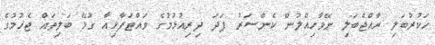
ހަކުރުބަލި ރާއްޖެބަލި ނޭވާހިއްލުން ކެންސަރު ފަދަ ދިރިއުޅުމުގެ ވައްޓަފާޅިއާ ގުޅޭ ބަލިތައް ޖެހުމުގެ